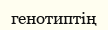
генотиптің